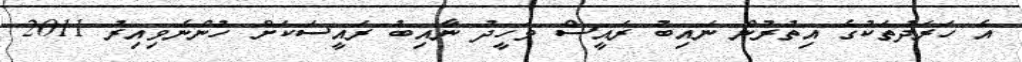
އެ ހަރަދުތަކުގެ އިތުރުން ނައިބު ރައީސް ވަހީދު ނާއިބު ރައީސަކަށް ހުންނެވިއިރު 2011